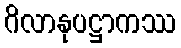
ဂိလာနုပဋ္ဌာကဿ